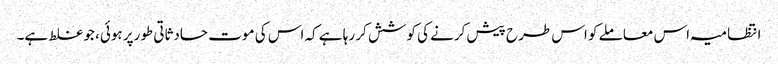
انتظامیہ اس معاملے کو اس طرح پیش کرنے کی کوشش کر رہا ہے کہ اس کی موت حادثاتی طورپر ہوئی، جو غلط ہے۔